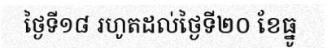
ថ្ងៃទី១៨ រហូតដល់ថ្ងៃទី២០ ខែធ្នូ